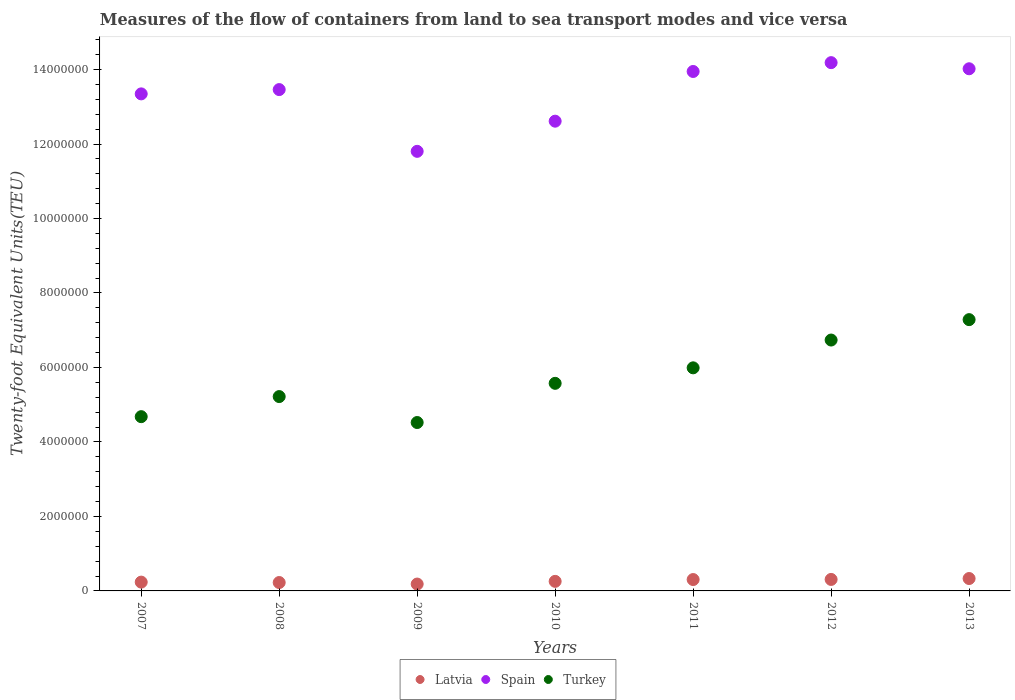
| Years | Latvia | Spain | Turkey |
 | --- | --- | --- | --- |
 | 2007 | 2.36e+05 | 1.33e+07 | 4.68e+06 |
 | 2008 | 2.25e+05 | 1.35e+07 | 5.22e+06 |
 | 2009 | 1.84e+05 | 1.18e+07 | 4.52e+06 |
 | 2010 | 2.57e+05 | 1.26e+07 | 5.57e+06 |
 | 2011 | 3.05e+05 | 1.39e+07 | 5.99e+06 |
 | 2012 | 3.08e+05 | 1.42e+07 | 6.74e+06 |
 | 2013 | 3.33e+05 | 1.4e+07 | 7.28e+06 |